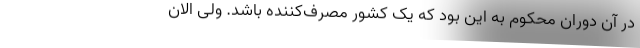
در آن دوران محکوم به این بود که یک کشور مصرف‌کننده باشد. ولی الان